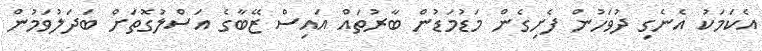
އެކަމަކު އެނެގި ދުވަހުން ފެށިގެން މަޑުމަޑުން ބާރުތައް އައިސް ޒޭބާގެ އަސްލުގޮތަށް ބަދަލުވަމުން